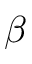
\beta